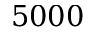
5 0 0 0